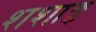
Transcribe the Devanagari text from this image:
शशाङ्क